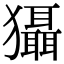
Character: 𤣒